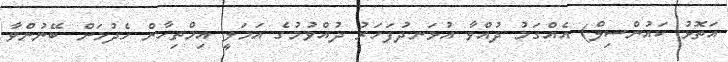
އަތޮޅު ކައުންސިލް) އެއްގަމު ދުއްވާ އުޅަނދުފަހަރު ދުއްވުމުގެ އަމަލީ އިމްތިހާން ހެދުމަށް ބޭނުންވާ